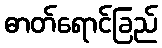
ဓာတ်ရောင်ခြည်